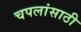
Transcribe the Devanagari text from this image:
चपलांसाठी